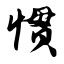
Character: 惯